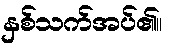
နှစ်သက်အပ်၏။